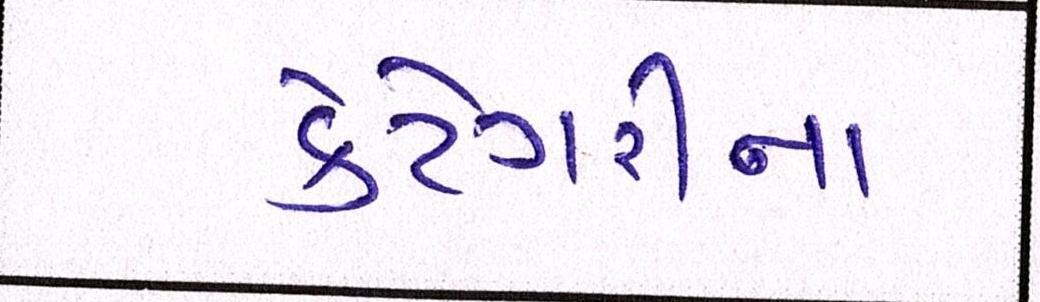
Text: કેટેગરીના